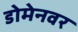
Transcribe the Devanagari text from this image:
डोमेनवर